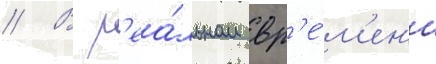
// В р'еа́льном вр'е́м'ен'и